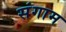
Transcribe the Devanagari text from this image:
संगाम